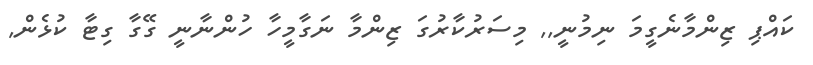
ކައްޕި ޒިންމާނެގީމަ ނިމުނީ